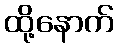
ထို့နောက်